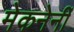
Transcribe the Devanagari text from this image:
मेकनेर्नी